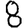
Digit: 8